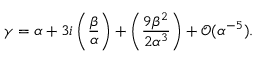
\gamma = \alpha + 3 i \left( \frac { \beta } { \alpha } \right) + \left( \frac { 9 \beta ^ { 2 } } { 2 \alpha ^ { 3 } } \right) + \mathcal O ( \alpha ^ { - 5 } ) .